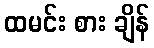
ထမင်း စား ချိန်